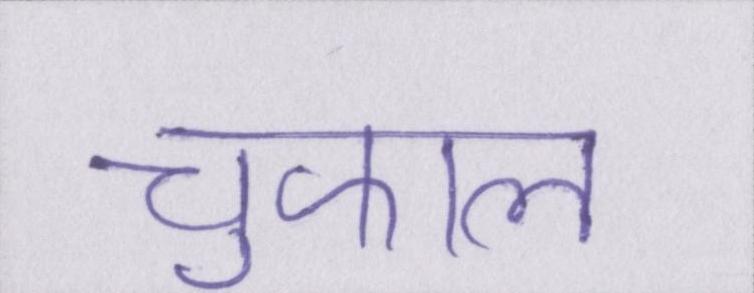
चुफाल